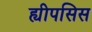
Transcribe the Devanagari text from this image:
ह्यीपसिस